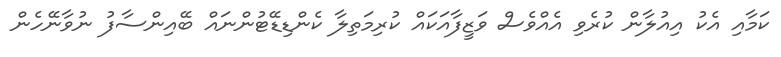
ކަމާއި އެކު އިއުލާން ކުރެވި އެއްވެސް ވަޒީފާއަކައް ކުރިމަތިލާ ކެންޑިޑޭޓުންނައް ބޭއިންސާފު ނުވާނޭހެން